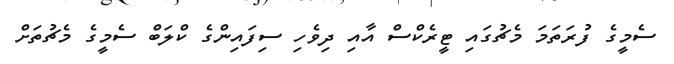
ސެމީގެ ފުރަތަމަ މެޗުގައި ޓީރެކްސް އާއި ދިވެހި ސިފައިންގެ ކްލަބް ސެމީގެ މެޗުތަށް